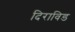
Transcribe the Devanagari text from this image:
दिराविड